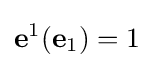
\mathbf {e} ^{1}(\mathbf {e} _{1})=1